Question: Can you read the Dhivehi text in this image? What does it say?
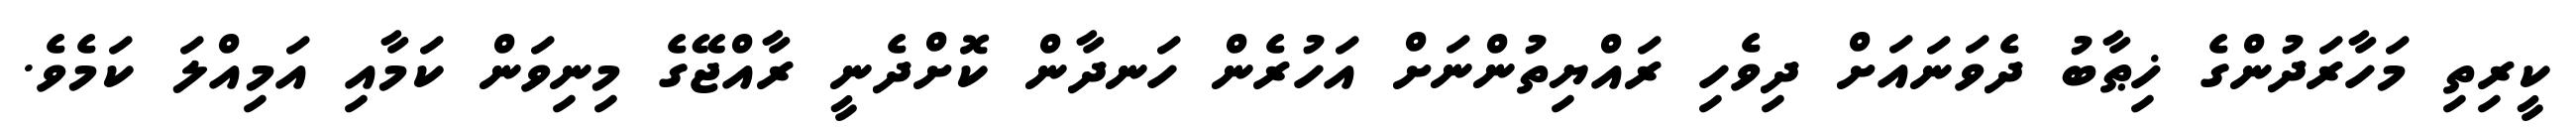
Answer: ކީރިތި މަހާރަދުންގެ ޚިޠާބު ދެވަނައަށް ދިވެހި ރައްޔިތުންނަށް އަހުރެން ހަނދާން ކޮށްދެނީ ރާއްޖޭގެ މިނިވަން ކަމާއި އަމިއްލަ ކަމެވެ.